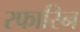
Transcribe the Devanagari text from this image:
रफारिन